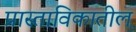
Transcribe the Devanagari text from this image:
प्रास्ताविकातील